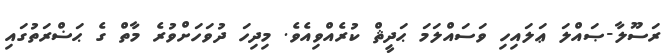
ރަސޫލާ-ޞައްލަ ޢަލައިހި ވަސައްލަމަ ޙަދީޘް ކުރެއްވިއެވެ. މިދިހަ ދުވަހަށްވުރެ މާތް ގެ ޙަޟްރަތުގައި